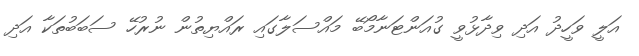
އަލީ ވަހީދު އަދި ވިދާޅުވީ ގުއަންޓަނާމޯބޭ މައްސަލާގައި ރައްޔިތުން ނުރުހޭ ސަބަބުތަކާ އަދި